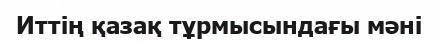
Иттің қазақ тұрмысындағы мәні